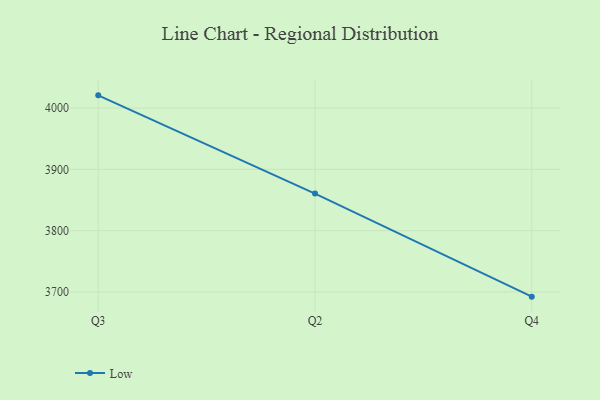
{"axis": {"x": "Quarter", "y": "Market Share (%)"}, "legend": ["Low"], "data": [{"x": "Q3", "y": 4020.8, "type": "Low"}, {"x": "Q2", "y": 3860.5, "type": "Low"}, {"x": "Q4", "y": 3692.3, "type": "Low"}]}